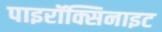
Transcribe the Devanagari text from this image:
पाइरॉक्सिनाइट